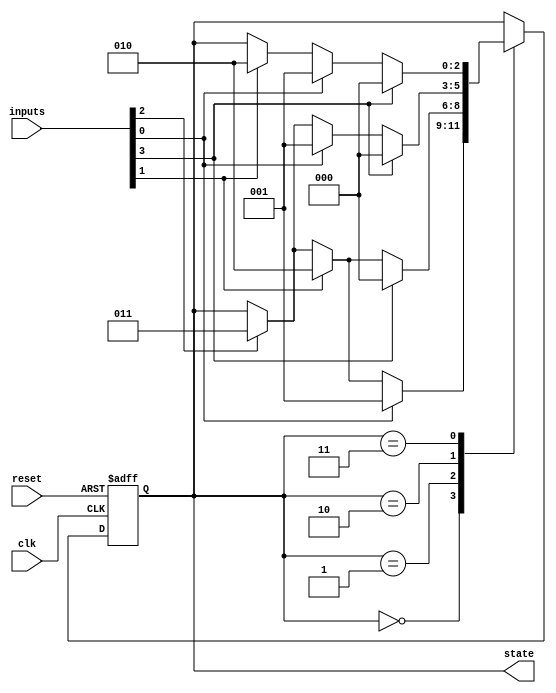
module state_machine (
    input wire clk,
    input wire reset,
    input wire [3:0] inputs,
    output reg [2:0] state
);

// Defining states
parameter STATE_A = 3'b000;
parameter STATE_B = 3'b001;
parameter STATE_C = 3'b010;
parameter STATE_D = 3'b011;

// Defining state transitions
always @(posedge clk or posedge reset)
begin
    if (reset)
        state <= STATE_A;
    else
        case (state)
            STATE_A: begin
                if (inputs[0])
                    state <= STATE_B;
                else if (inputs[1])
                    state <= STATE_C;
                else if (inputs[2])
                    state <= STATE_D;
            end
            STATE_B: begin
                if (inputs[3])
                    state <= STATE_A;
                else if (inputs[1])
                    state <= STATE_C;
                else if (inputs[2])
                    state <= STATE_D;
            end
            STATE_C: begin
                if (inputs[3])
                    state <= STATE_A;
                else if (inputs[0])
                    state <= STATE_B;
                else if (inputs[2])
                    state <= STATE_D;
            end
            STATE_D: begin
                if (inputs[3])
                    state <= STATE_A;
                else if (inputs[0])
                    state <= STATE_B;
                else if (inputs[1])
                    state <= STATE_C;
            end
        endcase
end

endmodule